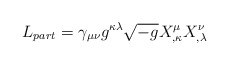
\begin{align*}L_{part}= \gamma_{\mu\nu} g^{\kappa\lambda}\sqrt{-g}X^\mu_{,\kappa}X^\nu_{,\lambda}\end{align*}